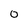
Character: 0